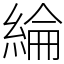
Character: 綸